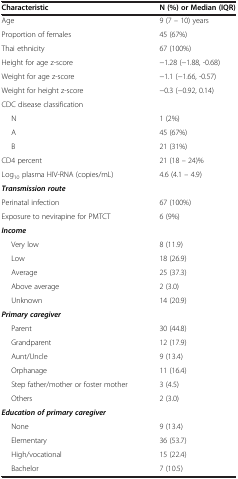
<table><thead><tr><td><b>Characteristic</b></td><td><b>N (%) or Median (IQR)</b></td></tr></thead><tbody><tr><td>Age</td><td>9 (7 – 10) years</td></tr><tr><td>Proportion of females</td><td>45 (67%)</td></tr><tr><td>Thai ethnicity</td><td>67 (100%)</td></tr><tr><td>Height for age z-score</td><td>−1.28 (−1.88, -0.68)</td></tr><tr><td>Weight for age z-score</td><td>−1.1 (−1.66, -0.57)</td></tr><tr><td>Weight for height z-score</td><td>−0.3 (−0.92, 0.14)</td></tr><tr><td colspan="2">CDC disease classification</td></tr><tr><td>N</td><td>1 (2%)</td></tr><tr><td>A</td><td>45 (67%)</td></tr><tr><td>B</td><td>21 (31%)</td></tr><tr><td>CD4 percent</td><td>21 (18 – 24)%</td></tr><tr><td>Log<sub>10</sub> plasma HIV-RNA (copies/mL)</td><td>4.6 (4.1 – 4.9)</td></tr><tr><td colspan="2"><b><i>Transmission route</i></b></td></tr><tr><td>Perinatal infection</td><td>67 (100%)</td></tr><tr><td>Exposure to nevirapine for PMTCT</td><td>6 (9%)</td></tr><tr><td colspan="2"><b><i>Income</i></b></td></tr><tr><td>Very low</td><td>8 (11.9)</td></tr><tr><td>Low</td><td>18 (26.9)</td></tr><tr><td>Average</td><td>25 (37.3)</td></tr><tr><td>Above average</td><td>2 (3.0)</td></tr><tr><td>Unknown</td><td>14 (20.9)</td></tr><tr><td colspan="2"><b><i>Primary caregiver</i></b></td></tr><tr><td>Parent</td><td>30 (44.8)</td></tr><tr><td>Grandparent</td><td>12 (17.9)</td></tr><tr><td>Aunt/Uncle</td><td>9 (13.4)</td></tr><tr><td>Orphanage</td><td>11 (16.4)</td></tr><tr><td>Step father/mother or foster mother</td><td>3 (4.5)</td></tr><tr><td>Others</td><td>2 (3.0)</td></tr><tr><td colspan="2"><b><i>Education of primary caregiver</i></b></td></tr><tr><td>None</td><td>9 (13.4)</td></tr><tr><td>Elementary</td><td>36 (53.7)</td></tr><tr><td>High/vocational</td><td>15 (22.4)</td></tr><tr><td>Bachelor</td><td>7 (10.5)</td></tr></tbody></table>